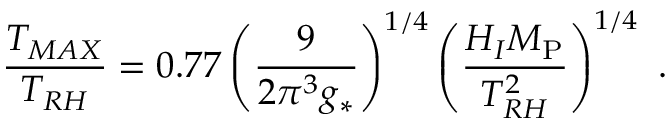
\frac { T _ { M A X } } { T _ { R H } } = 0 . 7 7 \left( \frac { 9 } { 2 \pi ^ { 3 } g _ { * } } \right) ^ { 1 / 4 } \left( \frac { H _ { I } M _ { \mathrm { P } } } { T _ { R H } ^ { 2 } } \right) ^ { 1 / 4 } \ .